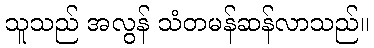
သူသည် အလွန် သံတမန်ဆန်လာသည်။